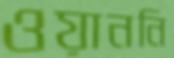
ওয়াননি